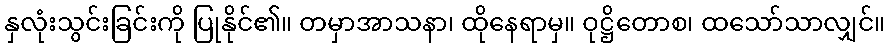
နှလုံးသွင်းခြင်းကို ပြုနိုင်၏။ တမှာအာသနာ၊ ထိုနေရာမှ။ ဝုဋ္ဌိတောစ၊ ထသော်သာလျှင်။